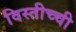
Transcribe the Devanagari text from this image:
विस्तीच्ची